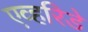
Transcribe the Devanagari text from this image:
एव्हरिडे